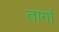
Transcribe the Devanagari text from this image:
तार्गा